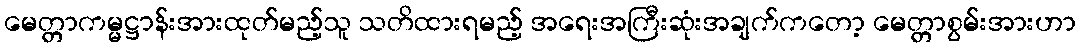
မေတ္တာကမ္မဋ္ဌာန်းအားထုတ်မည့်သူ သတိထားရမည့် အရေးအကြီးဆုံးအချက်ကတော့ မေတ္တာစွမ်းအားဟာ